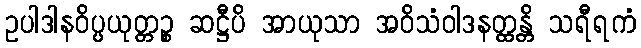
ဥပါဒါနဝိပ္ပယုတ္တဉ္စ ဆဋ္ဌီပိ အာယုသာ အဝိသံဝါဒနတ္ထန္တိ သရီရကံ